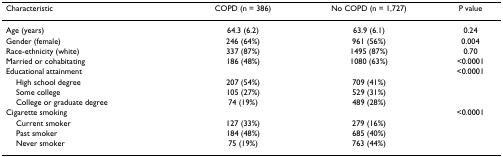
<table><thead><tr><td><b>Characteristic</b></td><td><b>COPD (n = 386)</b></td><td><b>No COPD (n = 1,727)</b></td><td><b>P value</b></td></tr></thead><tbody><tr><td>Age (years)</td><td>64.3 (6.2)</td><td>63.9 (6.1)</td><td>0.24</td></tr><tr><td>Gender (female)</td><td>246 (64%)</td><td>961 (56%)</td><td>0.004</td></tr><tr><td>Race-ethnicity (white)</td><td>337 (87%)</td><td>1495 (87%)</td><td>0.70</td></tr><tr><td>Married or cohabitating</td><td>186 (48%)</td><td>1080 (63%)</td><td>&lt;0.0001</td></tr><tr><td>Educational attainment</td><td></td><td></td><td>&lt;0.0001</td></tr><tr><td> High school degree</td><td>207 (54%)</td><td>709 (41%)</td><td></td></tr><tr><td> Some college</td><td>105 (27%)</td><td>529 (31%)</td><td></td></tr><tr><td> College or graduate degree</td><td>74 (19%)</td><td>489 (28%)</td><td></td></tr><tr><td>Cigarette smoking</td><td></td><td></td><td>&lt;0.0001</td></tr><tr><td> Current smoker</td><td>127 (33%)</td><td>279 (16%)</td><td></td></tr><tr><td> Past smoker</td><td>184 (48%)</td><td>685 (40%)</td><td></td></tr><tr><td> Never smoker</td><td>75 (19%)</td><td>763 (44%)</td><td></td></tr></tbody></table>